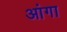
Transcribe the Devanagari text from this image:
आंगा